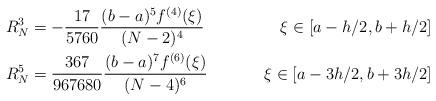
LaTeX: \begin{align*} R_N^3 &= -\frac{17}{5760}\frac{(b-a)^5 f^{(4)}(\xi)}{(N-2)^4} & \xi \in [a-h/2, b+h/2] \\ R_N^5 &= \frac{367}{967680}\frac{(b-a)^7 f^{(6)}(\xi)}{(N-4)^6} & \xi \in [a-3h/2, b+3h/2]\end{align*}